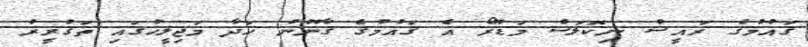
ޤައުމުގެ ރައީސް ނިކޮލަސް މަޑޫރޯ އެ ޤައުމުގެ ޤާނޫނު ހަދާ މަޖިލީހުގައި ތަޤުރީރު